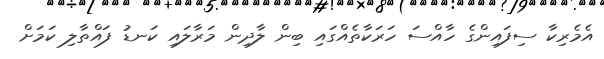
އެމެރިކާ ސިފައިންގެ ހާއްސަ ހަރަކާތެއްގައި ބިން ލާދިން މަރާލައި ކަނޑު ފައްތާލި ކަމަށް